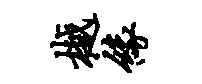
樾缘